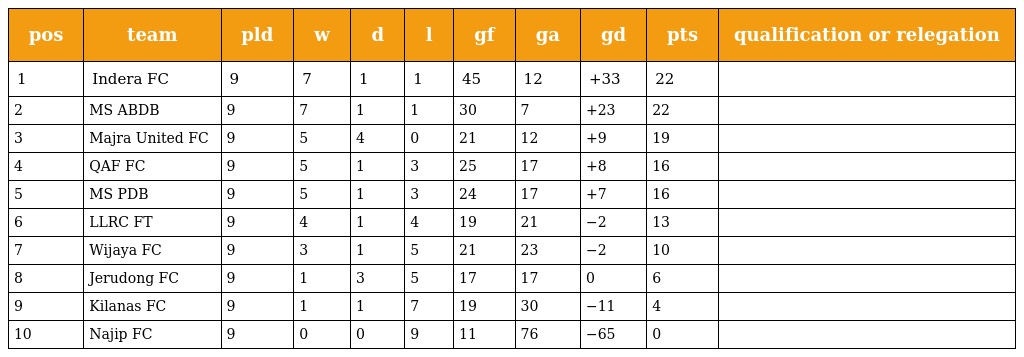
| pos | team | pld | w | d | l | gf | ga | gd | pts | qualification or relegation |
 | --- | --- | --- | --- | --- | --- | --- | --- | --- | --- | --- |
 | 1 | Indera FC | 9 | 7 | 1 | 1 | 45 | 12 | +33 | 22 |  |
 | 2 | MS ABDB | 9 | 7 | 1 | 1 | 30 | 7 | +23 | 22 |  |
 | 3 | Majra United FC | 9 | 5 | 4 | 0 | 21 | 12 | +9 | 19 |  |
 | 4 | QAF FC | 9 | 5 | 1 | 3 | 25 | 17 | +8 | 16 |  |
 | 5 | MS PDB | 9 | 5 | 1 | 3 | 24 | 17 | +7 | 16 |  |
 | 6 | LLRC FT | 9 | 4 | 1 | 4 | 19 | 21 | −2 | 13 |  |
 | 7 | Wijaya FC | 9 | 3 | 1 | 5 | 21 | 23 | −2 | 10 |  |
 | 8 | Jerudong FC | 9 | 1 | 3 | 5 | 17 | 17 | 0 | 6 |  |
 | 9 | Kilanas FC | 9 | 1 | 1 | 7 | 19 | 30 | −11 | 4 |  |
 | 10 | Najip FC | 9 | 0 | 0 | 9 | 11 | 76 | −65 | 0 |  |